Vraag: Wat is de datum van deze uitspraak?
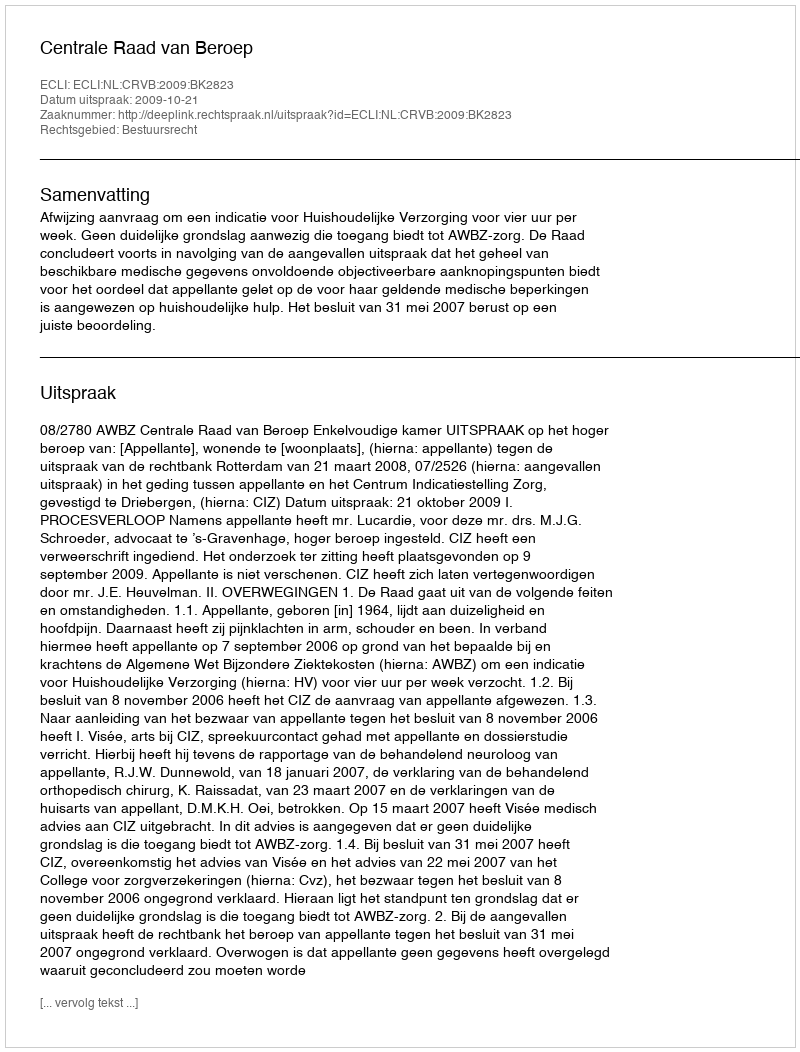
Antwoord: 2009-10-21